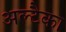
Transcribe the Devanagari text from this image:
अल्टैका